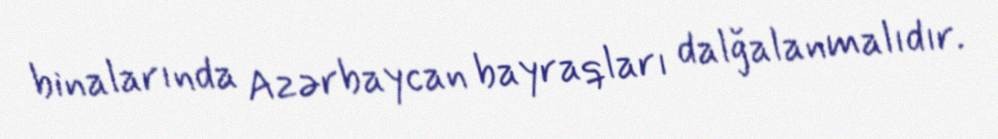
binalarında Azərbaycan bayraqları dalğalanmalıdır.